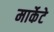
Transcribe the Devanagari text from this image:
मार्केटे